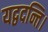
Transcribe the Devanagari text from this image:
यद्वदन्ति।